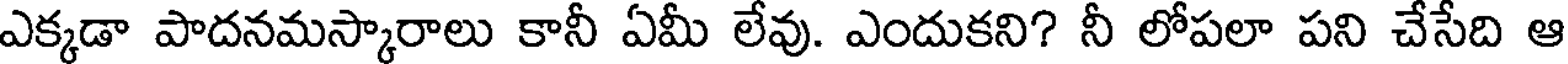
ఎక్కడా పాదనమస్కారాలు కానీ ఏమీ లేవు. ఎందుకని? నీ లోపలా పని చేసేది ఆ